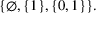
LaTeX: \{ \varnothing , \{ 1 \} , \{ 0 , 1 \} \} .